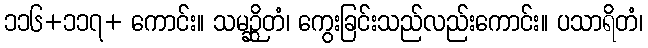
၁၁၆+၁၁၇+ ကောင်း။ သမဉ္ဆိတံ၊ ကွေးခြင်းသည်လည်းကောင်း။ ပသာရိတံ၊